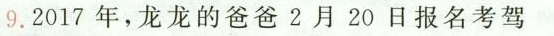
9.2017年，龙龙的爸爸2月20日报名考驾